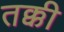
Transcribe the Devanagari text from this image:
तक्की